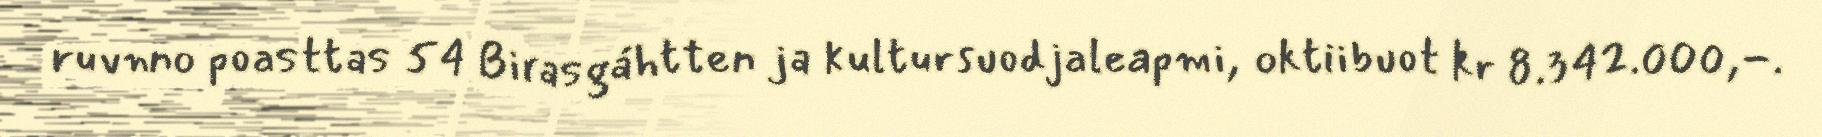
ruvnno poasttas 54 Birasgáhtten ja kultursuodjaleapmi, oktiibuot kr 8.342.000,-.